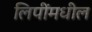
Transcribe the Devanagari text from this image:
लिपींमधील